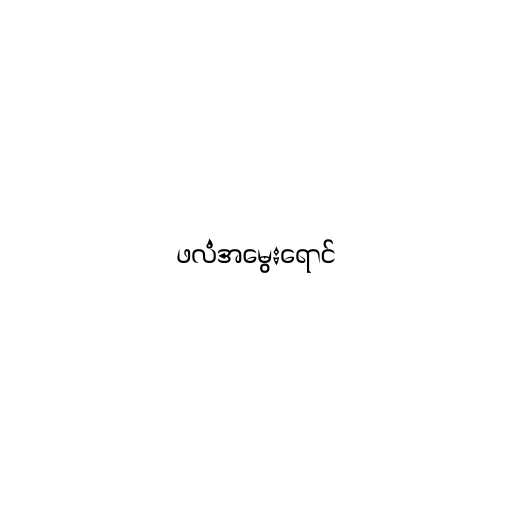
ဖလံအမွေးရောင်